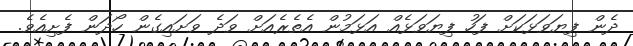
ދެން ފިޔަވަޅަކަށް ފަހު ފިޔަވަޅެއް އަޅަމުން އެތެރެއަށް ވަދެ ވަށައިގެން ހޯދަން ފެށިއެވެ.